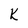
Character: k